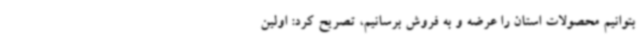
بتوانیم محصولات استان را عرضه و به فروش برسانیم، تصریح کرد: اولین